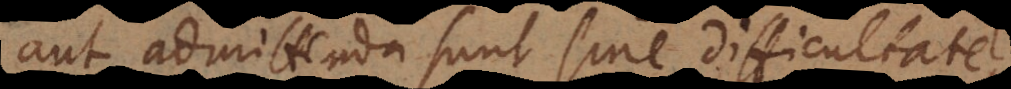
aut admittenda sunt sine difficultate,